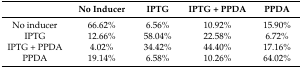
<table><thead><tr><td>[EMPTY_CELL]</td><td><b>No Inducer</b></td><td><b>IPTG</b></td><td><b>IPTG + PPDA</b></td><td><b>PPDA</b></td></tr></thead><tbody><tr><td>No inducer</td><td>66.62%</td><td>6.56%</td><td>10.92%</td><td>15.90%</td></tr><tr><td>IPTG</td><td>12.66%</td><td>58.04%</td><td>22.58%</td><td>6.72%</td></tr><tr><td>IPTG + PPDA</td><td>4.02%</td><td>34.42%</td><td>44.40%</td><td>17.16%</td></tr><tr><td>PPDA</td><td>19.14%</td><td>6.58%</td><td>10.26%</td><td>64.02%</td></tr></tbody></table>